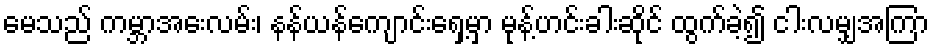
မေသည် ကမ္ဘာအေးလမ်း၊ နန်ယန်ကျောင်းရှေ့မှာ မုန့်ဟင်းခါးဆိုင် ထွက်ခဲ့၍ ငါးလမျှအကြာ